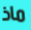
ماذ